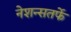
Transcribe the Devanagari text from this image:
नेशन्सतर्फे